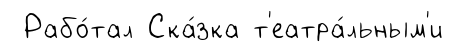
Рабо́тал Ска́зка т'еатра́льным'и